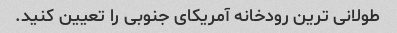
طولانی ترین رودخانه آمریکای جنوبی را تعیین کنید.